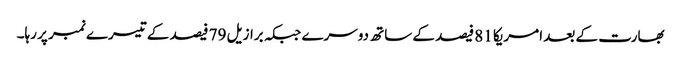
بھارت کے بعد امریکا 81 فیصد کے ساتھ دوسرے جبکہ برازیل 79 فیصد کے تیسرے نمبر پر رہا۔